Eesti_Vabariigi_Tartu_Ulikool, lk 171
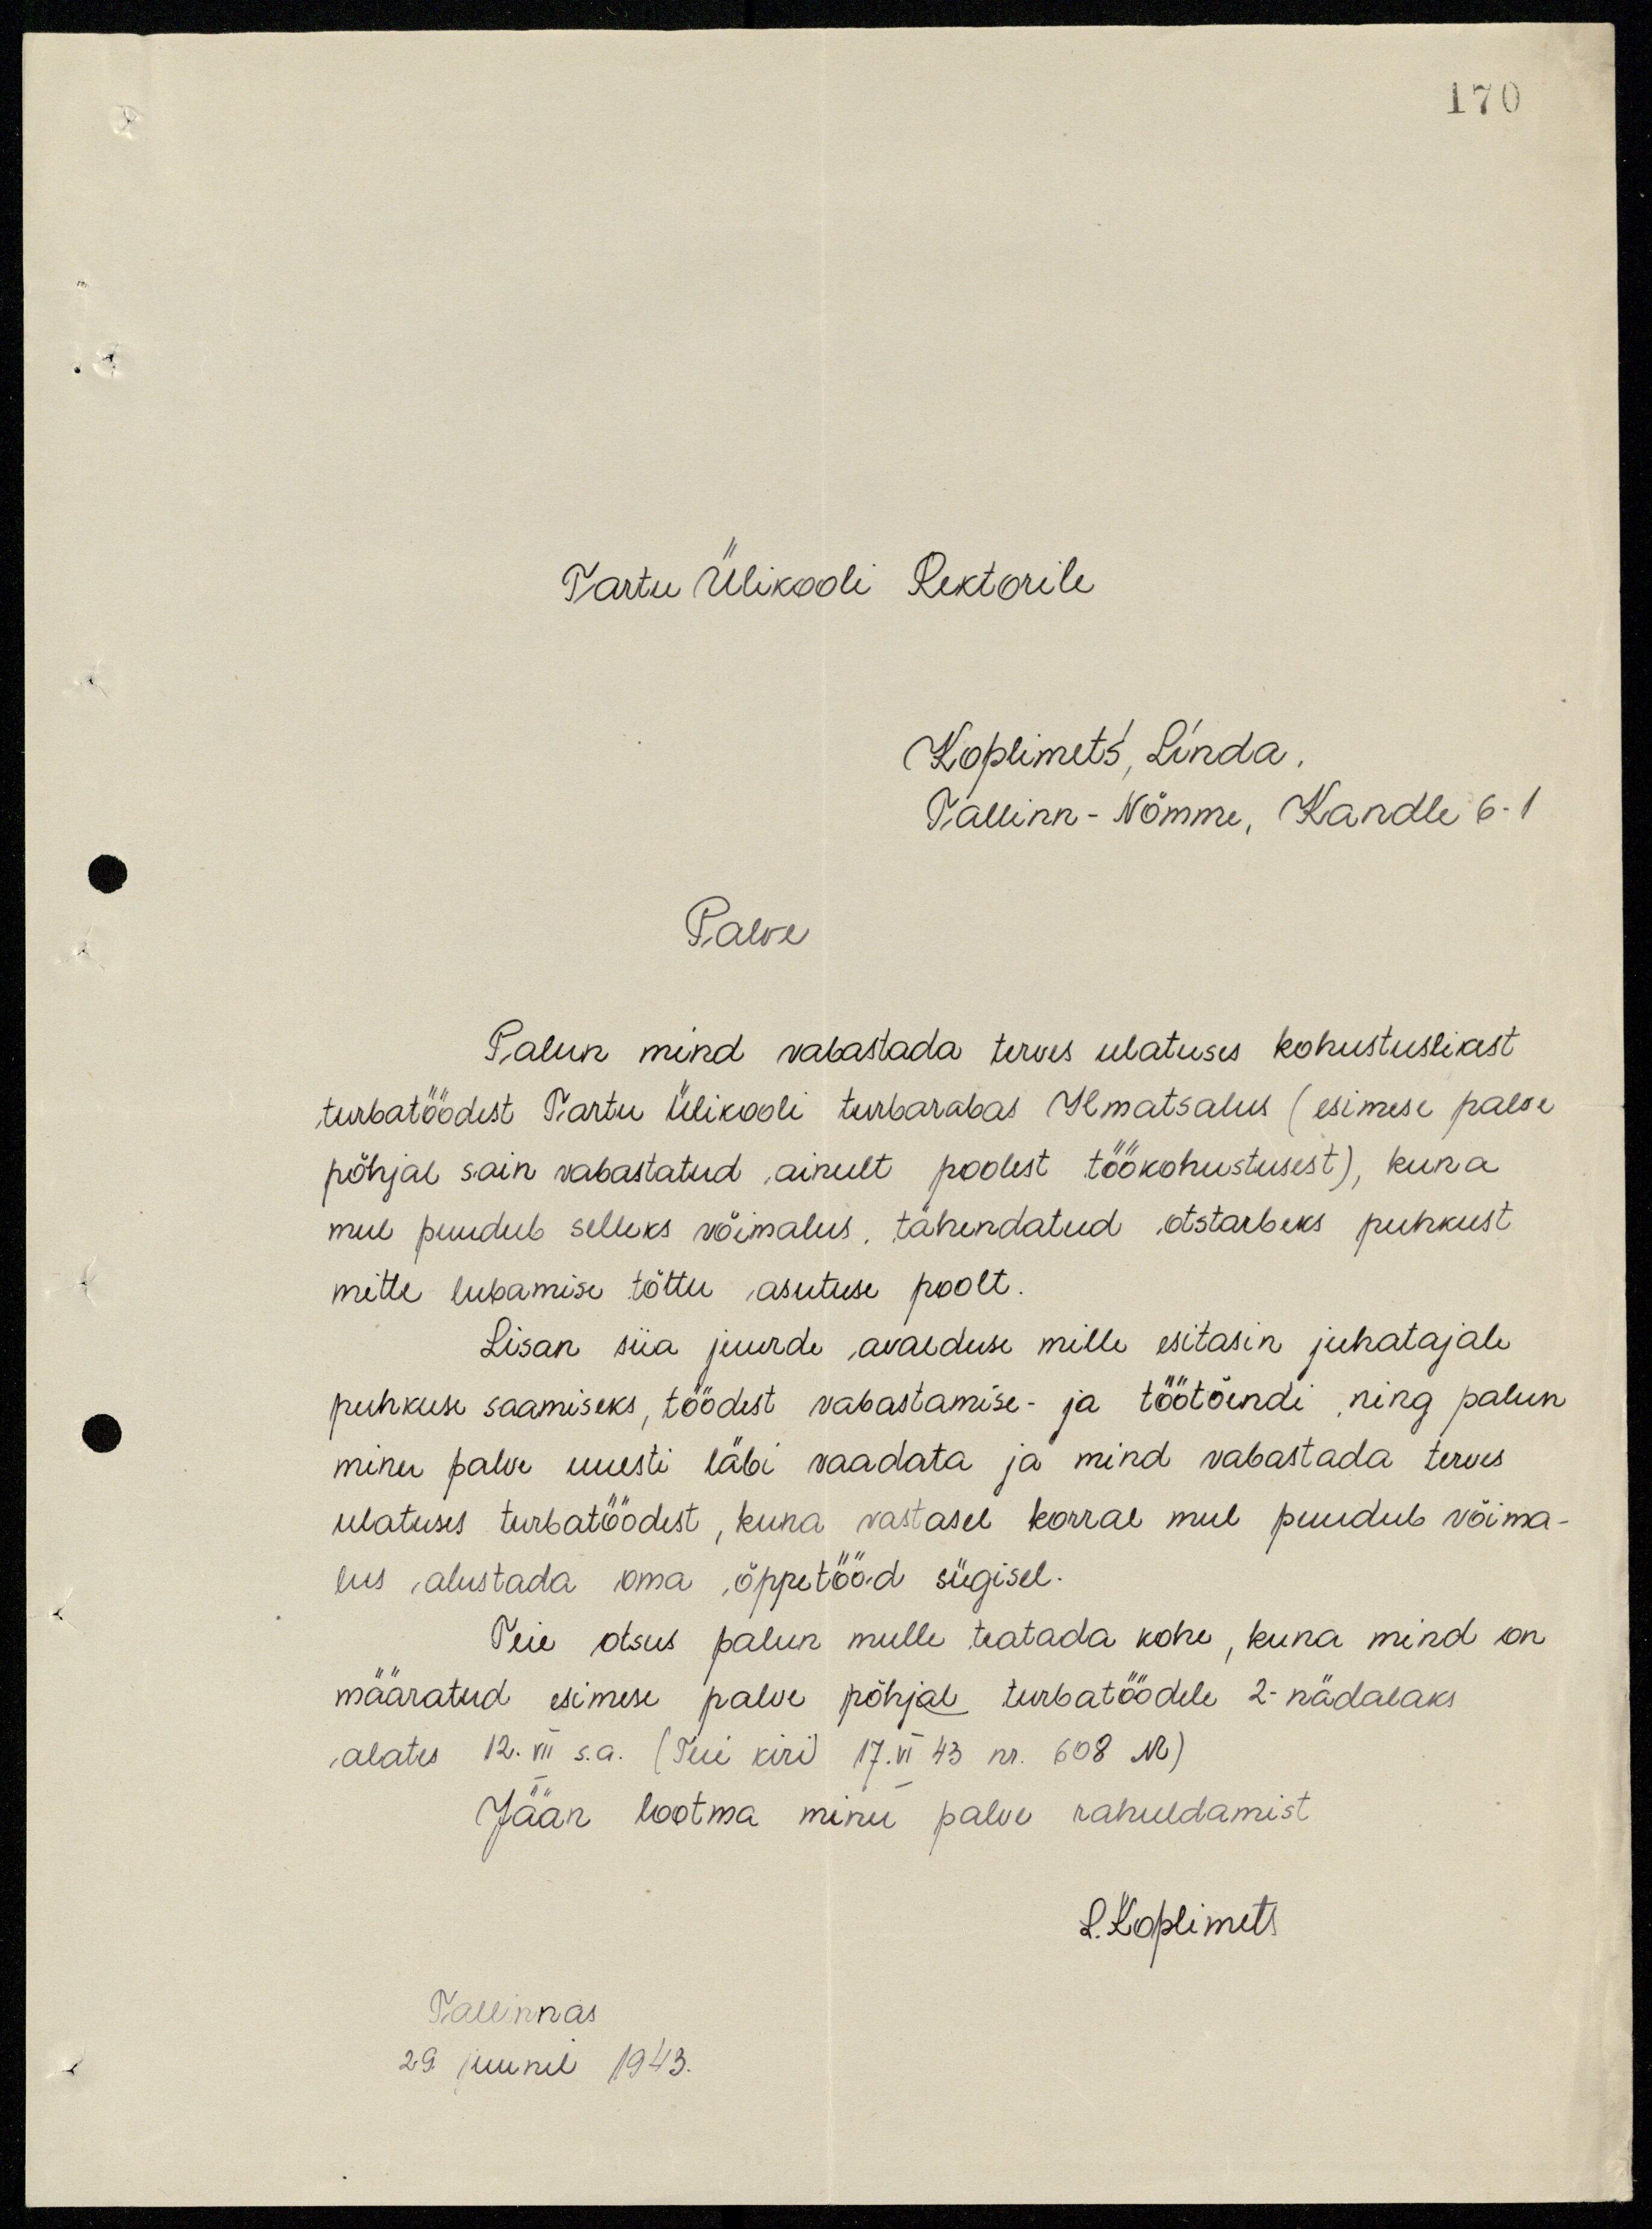
170
Tartu Ülikooli Rektorile
Koplimets, Linda.
Tallinn-Nõmme, Kandle 6-1
Palve
Palun mind vabastada terves ulatuses kohustuslikest
turbatöödest Tartu Ülikooli turbarabas Ilmatsalus (esimese palve
põhjal sain vabastatud ainult poolest töökohustusest), kuna
mul puudub selleks võimalus, tähendatud otstarbeks puhkust
mitte lubamise tõttu asutuse poolt.
Lisan siia juurde avalduse mille esitasin juhatajale
puhkuse saamiseks, töödest vabastamise- ja töötõendi ning palun
minu palve uuesti läbi vaadata ja mind vabastada terves
ulatuses turbatöödest, kuna vastasel korral mul puudub võima-
lus alustada oma õppetööd sügisel.
Teie otsus palun mulle teatada kohe, kuna mind on
määratud esimese palve põhjal turbatöödele 2-nädalaks
alates 12. VII   s.a. (Teie kiri 17.VI 43 nr. 608 M).
Jään lootma minu palve rahuldamist
L. Koplimets.
Tallinnas
29. juunil 1943.